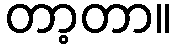
တာ့တာ။